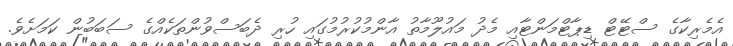
އެމެރިކާގެ ސްޓޭޓް ޑިޕާޓްމަންޓާއި މެދު މައުލޫމާތު އާންމުކުރުމުގައި ހުރި ދެބަސްވުންތަކެއްގެ ސަބަބުން ކަމަށެވެ.